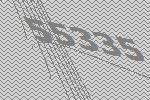
55335